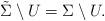
LaTeX: \begin{align*}\tilde \Sigma \setminus U = \Sigma \setminus U.\end{align*}